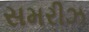
સમરીઝ